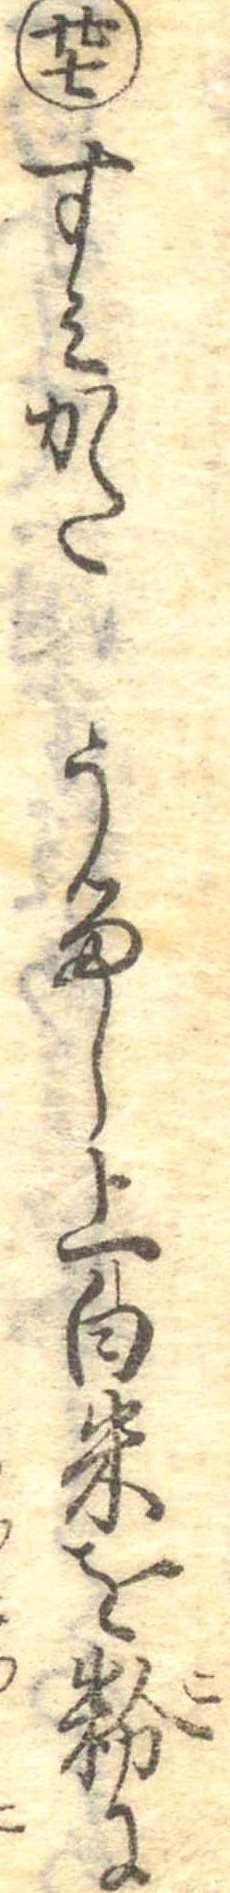
廿七すみかたうるし上白米を粉に